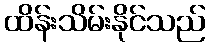
ထိန်းသိမ်းနိုင်သည်